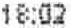
18:02